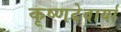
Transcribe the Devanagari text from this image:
कृष्णदेवार्या